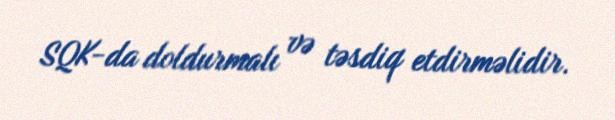
SQK-da doldurmalı və təsdiq etdirməlidir.